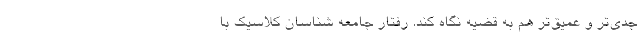
جدی‌تر و عمیق‌تر هم به قضیه نگاه کند. رفتار جامعه شناسان کلاسیک با